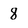
Character: 8